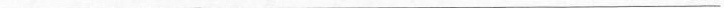
___